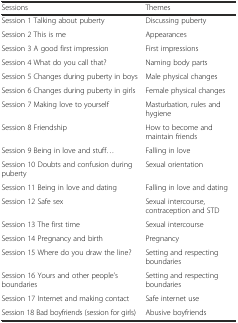
<table><thead><tr><td><b>Sessions</b></td><td><b>Themes</b></td></tr></thead><tbody><tr><td>Session 1 Talking about puberty</td><td>Discussing puberty</td></tr><tr><td>Session 2 This is me</td><td>Appearances</td></tr><tr><td>Session 3 A good first impression</td><td>First impressions</td></tr><tr><td>Session 4 What do you call that?</td><td>Naming body parts</td></tr><tr><td>Session 5 Changes during puberty in boys</td><td>Male physical changes</td></tr><tr><td>Session 6 Changes during puberty in girls</td><td>Female physical changes</td></tr><tr><td>Session 7 Making love to yourself</td><td>Masturbation, rules and hygiene</td></tr><tr><td>Session 8 Friendship</td><td>How to become and maintain friends</td></tr><tr><td>Session 9 Being in love and stuff...</td><td>Falling in love</td></tr><tr><td>Session 10 Doubts and confusion during puberty</td><td>Sexual orientation</td></tr><tr><td>Session 11 Being in love and dating</td><td>Falling in love and dating</td></tr><tr><td>Session 12 Safe sex</td><td>Sexual intercourse, contraception and STD</td></tr><tr><td>Session 13 The first time</td><td>Sexual intercourse</td></tr><tr><td>Session 14 Pregnancy and birth</td><td>Pregnancy</td></tr><tr><td>Session 15 Where do you draw the line?</td><td>Setting and respecting boundaries</td></tr><tr><td>Session 16 Yours and other people’s boundaries</td><td>Setting and respecting boundaries</td></tr><tr><td>Session 17 Internet and making contact</td><td>Safe internet use</td></tr><tr><td>Session 18 Bad boyfriends (session for girls)</td><td>Abusive boyfriends</td></tr></tbody></table>